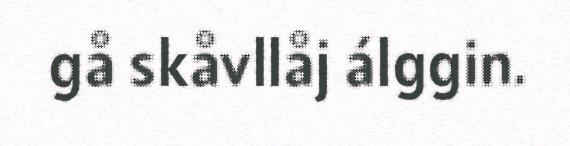
gå skåvllåj álggin.